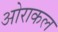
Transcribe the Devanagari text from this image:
ओराकल